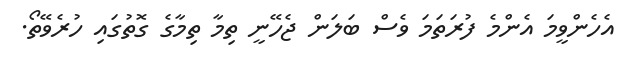
އެހެންވީމަ އެންމެ ފުރަތަމަ ވެސް ބަލަން ޖެހޭނީ ތިމާ ތިމާގެ ގޮތުގައި ހުރެވޭތޯ.